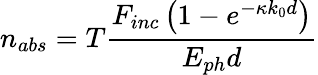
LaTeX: n_{abs}=T\frac{F_{inc}\left(1-e^{-\kappa k_{0}d}\right)}{E_{ph}d}